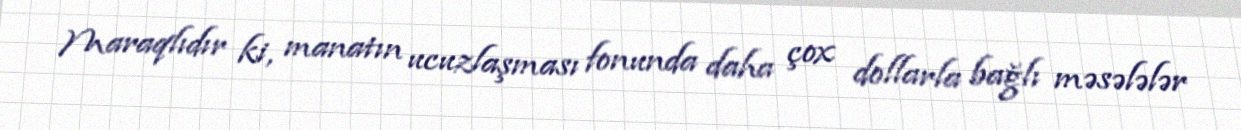
Maraqlıdır ki, manatın ucuzlaşması fonunda daha çox dollarla bağlı məsələlər